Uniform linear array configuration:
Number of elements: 8
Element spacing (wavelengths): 1
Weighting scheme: kaiser
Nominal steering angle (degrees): -30
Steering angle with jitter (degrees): -29.073
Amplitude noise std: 0.05
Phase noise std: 0.05

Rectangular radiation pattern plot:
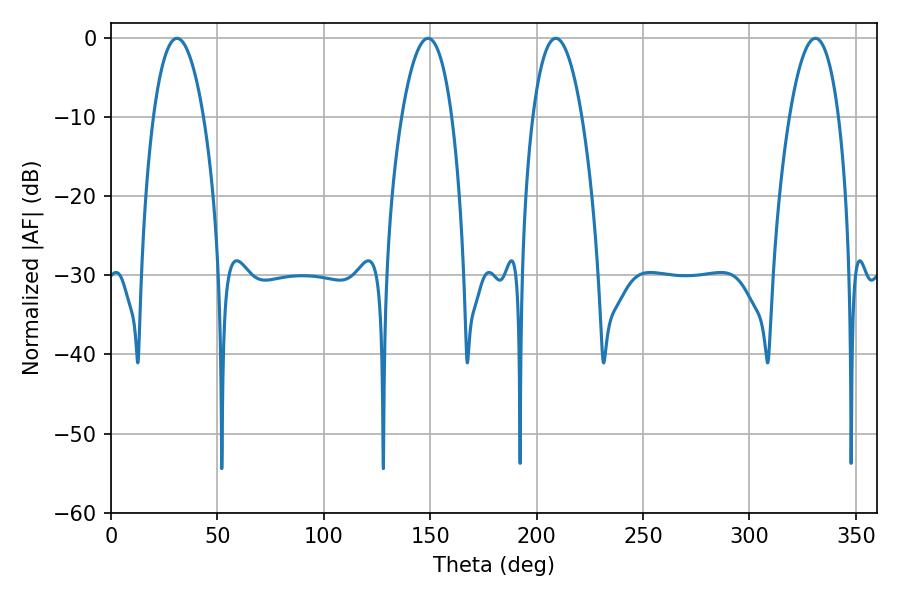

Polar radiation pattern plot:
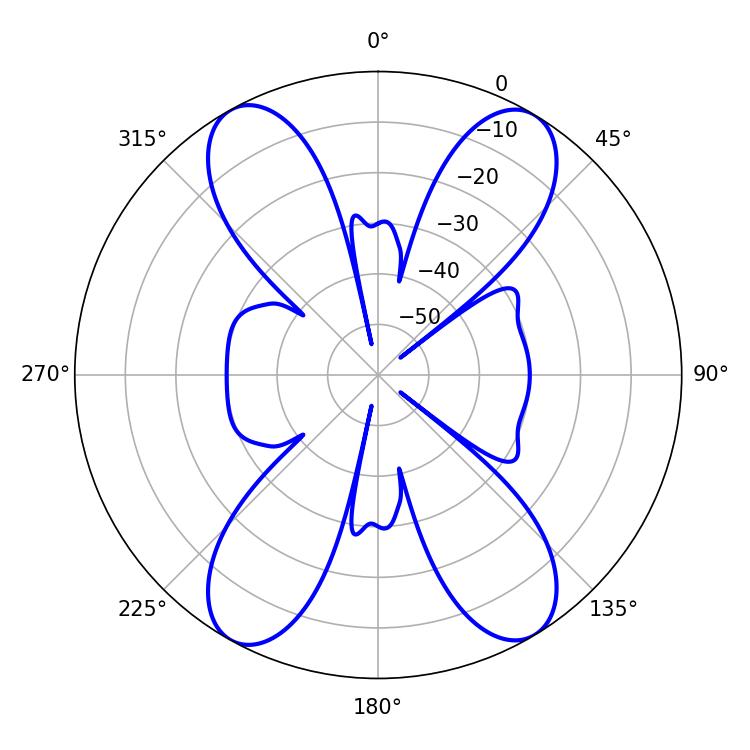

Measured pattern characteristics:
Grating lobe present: TRUE
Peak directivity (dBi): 20.171
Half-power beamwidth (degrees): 12.78
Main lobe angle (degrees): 208.98